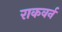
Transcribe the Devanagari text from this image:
राकवर्न